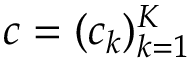
{ \boldsymbol { c } } = ( c _ { k } ) _ { k = 1 } ^ { K }